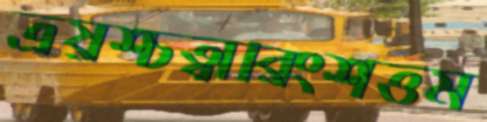
ত্রয়শ্চত্বারিংশত্তম